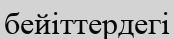
бейіттердегі